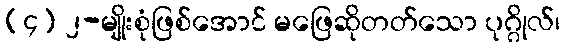
(၄) ၂-မျိုးစုံဖြစ်အောင် မဖြေဆိုတတ်သော ပုဂ္ဂိုလ်၊